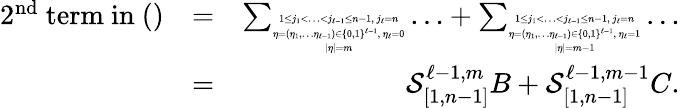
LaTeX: \begin{array}{rlr}{2^{\mathrm{nd}}\mathrm{~term~in~()}}&{=}&{\sum_{\tiny\begin{array}{c}{1\leq j_{1}<\ldots<j_{\ell-1}\leq n-1,\ j_{\ell}=n}\\ {\eta=(\eta_{1},\ldots\eta_{\ell-1})\in\{ 0,1\} ^{\ell-1},\ \eta_{\ell}=0}\\ {|\eta|=m}\end{array}}\ldots+\sum_{\tiny\begin{array}{c}{1\leq j_{1}<\ldots<j_{\ell-1}\leq n-1,\ j_{\ell}=n}\\ {\eta=(\eta_{1},\ldots\eta_{\ell-1})\in\{ 0,1\} ^{\ell-1},\ \eta_{\ell}=1}\\ {|\eta|=m-1}\end{array}}\ldots}\\ &{=}&{\mathcal{S}_{[1,n-1]}^{\ell-1,m}B+\mathcal{S}_{[1,n-1]}^{\ell-1,m-1}C.}\end{array}